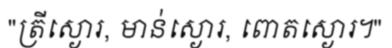
"ត្រីស្ងោរ, មាន់ស្ងោរ, ពោតស្ងោរ។"